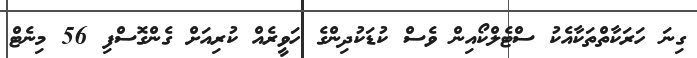
ގިނަ ހަރަކާތްތަކާއެކު ސްޓެލްކޯއިން ވެސް ކުޑަކުދިންގެ ހަވީރެއް ކުރިއަށް ގެންގޮސްފި 56 މިނެޓް